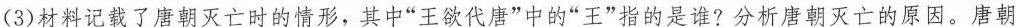
(3)材料记载了唐朝灭亡时的情形，其中”王欲代唐”中的”王”指的是谁?分析唐朝灭亡的原因。唐朝